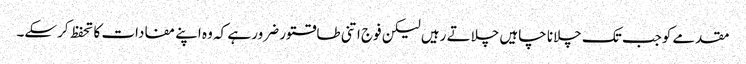
مقدمے کوجب تک چلانا چاہیں چلاتے رہیں لیکن فوج اتنی طاقتور ضرور ہے کہ وہ اپنے مفادات کا تحفظ کرسکے۔